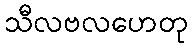
သီလဗလဟေတု